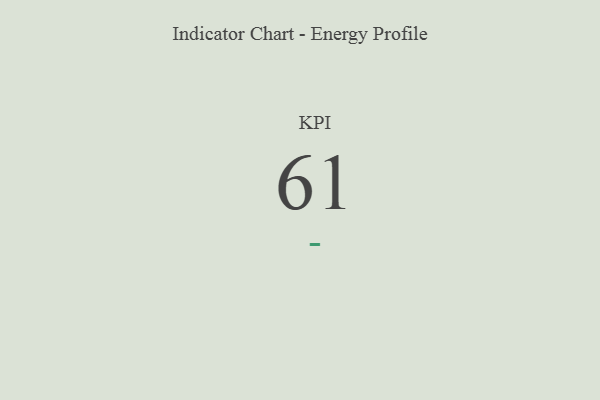
{"axis": {"x": "KPI", "y": "Value"}, "legend": [""], "data": [{"x": "KPI", "y": 61, "type": ""}]}